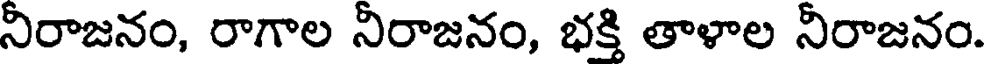
నిరాజనం, రాగాల నిరాజనం, భక్తి తాళాల నిరాజనం.